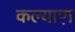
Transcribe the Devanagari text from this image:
कल्याण़